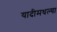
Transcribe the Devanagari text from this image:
यादीमधल्या